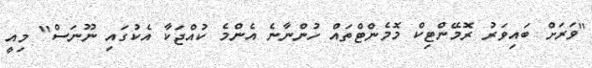
"ވަރަށް ބައިވަރު ރޮމޭންޓިކް މޮމެންޓްތައް ހުންނާނެ އެންމެ ކުއްޖަކާ އެކުގައި ނޫނަސް" މިއީ